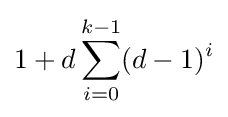
1+d\sum _{i=0}^{k-1}(d-1)^{i}